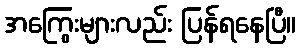
အကြွေးများလည်း ပြန်ရနေပြီ။